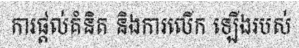
ការផ្តល់គំនិត និងការលើក ឡើងរបស់